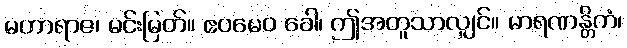
မဟာရာဇ၊ မင်းမြတ်။ ဧဝမေဝ ခေါ၊ ဤအတူသာလျှင်။ မာရဏန္တိကံ၊